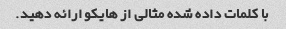
با کلمات داده شده مثالی از هایکو ارائه دهید.